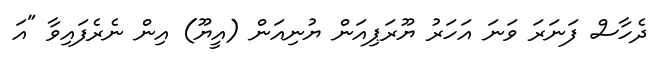
ދެހާސް ފަނަރަ ވަނަ އަހަރު ޔޫރަޕިއަން ޔުނިއަން (އީޔޫ) އިން ނެރެފައިވާ "އަ